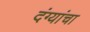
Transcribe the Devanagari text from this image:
दंग्यांचा